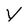
Character: V